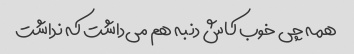
همه چی خوب کاش دنبه هم می‌داشت که نداشت